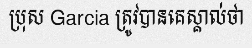
ប្រុស Garcia ត្រូវបានគេស្គាល់ថា